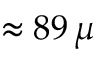
\approx 8 9 \, \mu